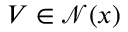
V \in { \mathcal { N } } ( x )